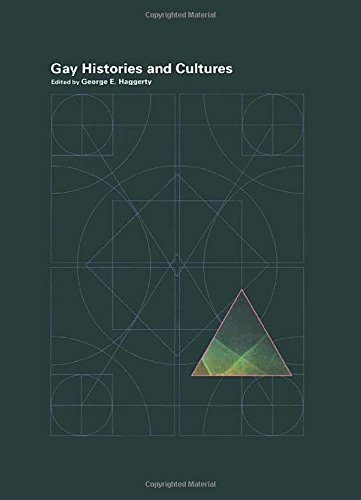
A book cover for Encyclopedia of Gay Histories and Cultures: Volume 2 (Special - Reference); Humor & Entertainment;